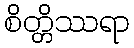
စိတ္တိဿရာ